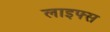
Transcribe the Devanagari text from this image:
लाइफ्स